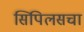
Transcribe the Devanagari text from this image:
सिपिलसचा